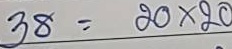
38 = 20 x 20